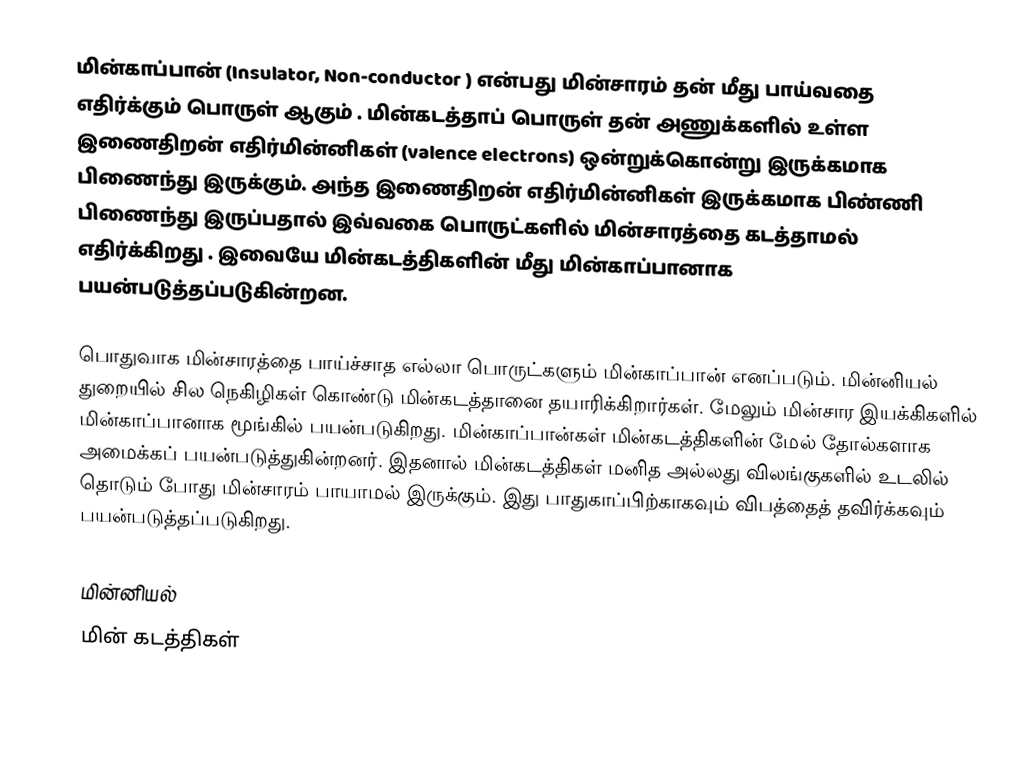
மின்காப்பான் (Insulator, Non-conductor ) என்பது மின்சாரம் தன் மீது பாய்வதை எதிர்க்கும் பொருள் ஆகும் . மின்கடத்தாப் பொருள் தன் அணுக்களில் உள்ள இணைதிறன் எதிர்மின்னிகள் (valence electrons) ஒன்றுக்கொன்று இருக்கமாக பிணைந்து இருக்கும். அந்த இணைதிறன் எதிர்மின்னிகள் இருக்கமாக பிண்ணி பிணைந்து இருப்பதால் இவ்வகை பொருட்களில் மின்சாரத்தை கடத்தாமல் எதிர்க்கிறது . இவையே மின்கடத்திகளின் மீது மின்காப்பானாக பயன்படுத்தப்படுகின்றன.

பொதுவாக மின்சாரத்தை பாய்ச்சாத எல்லா பொருட்களும் மின்காப்பான் எனப்படும். மின்னியல் துறையில் சில நெகிழிகள் கொண்டு மின்கடத்தானை தயாரிக்கிறார்கள். மேலும் மின்சார இயக்கிகளில் மின்காப்பானாக மூங்கில் பயன்படுகிறது. மின்காப்பான்கள் மின்கடத்திகளின் மேல் தோல்களாக அமைக்கப் பயன்படுத்துகின்றனர். இதனால் மின்கடத்திகள் மனித அல்லது விலங்குகளில் உடலில் தொடும் போது மின்சாரம் பாயாமல் இருக்கும். இது பாதுகாப்பிற்காகவும் விபத்தைத் தவிர்க்கவும் பயன்படுத்தப்படுகிறது.

மின்னியல்
மின் கடத்திகள்